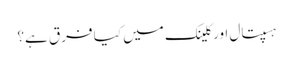
ہسپتال اور کلینک میں کیا فرق ہے؟